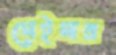
মেইলর